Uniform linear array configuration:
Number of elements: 64
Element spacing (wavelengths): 0.5
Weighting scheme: hann
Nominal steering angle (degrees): -15
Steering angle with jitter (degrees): -13.991
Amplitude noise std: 0.05
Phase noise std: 0.05

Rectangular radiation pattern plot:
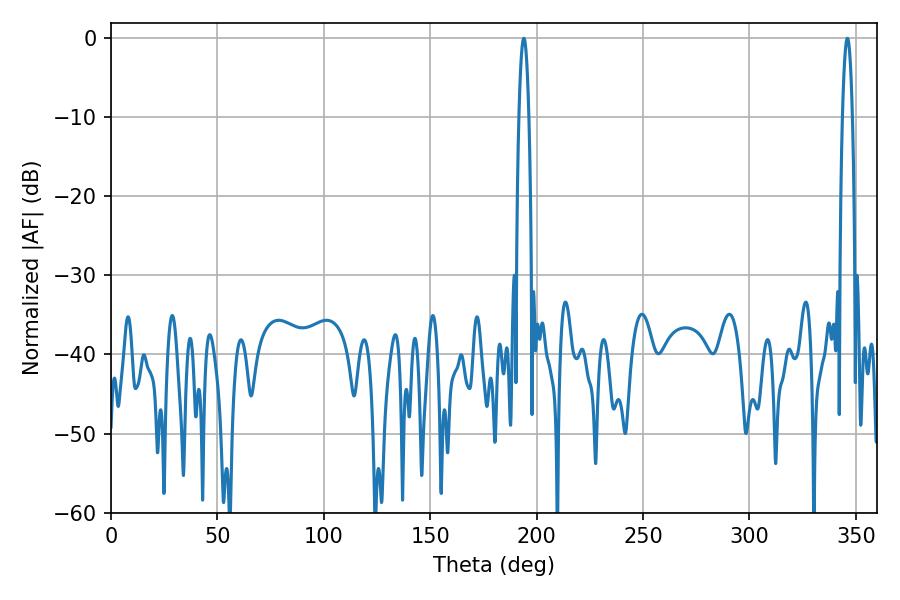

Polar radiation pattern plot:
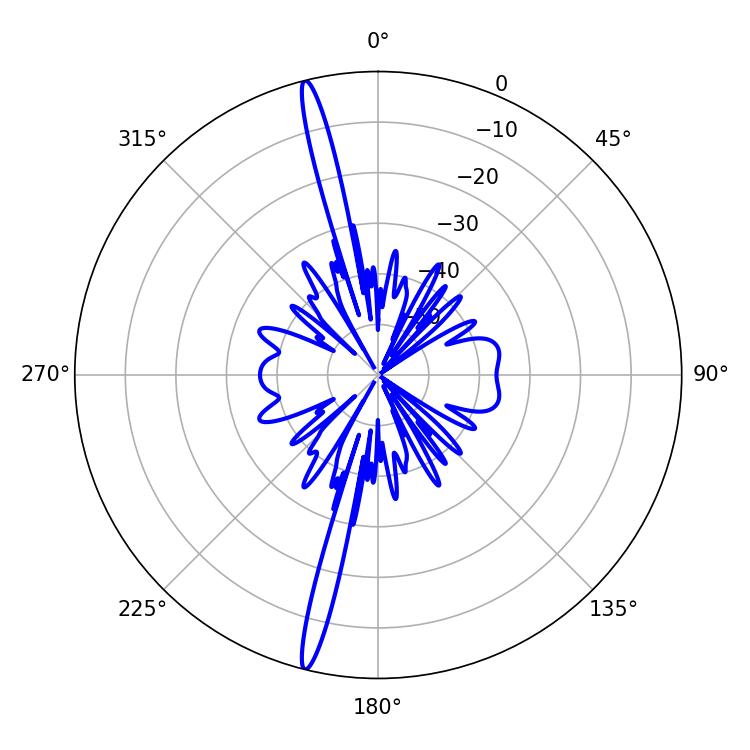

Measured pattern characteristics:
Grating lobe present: FALSE
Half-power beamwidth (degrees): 2.52
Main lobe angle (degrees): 345.96